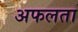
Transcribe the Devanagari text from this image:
अफलता